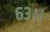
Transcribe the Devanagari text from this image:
६३।।